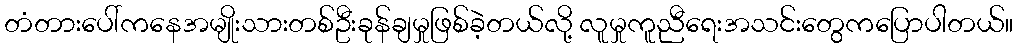
တံတားပေါ်ကနေအမျိုးသားတစ်ဦးခုန်ချမှုဖြစ်ခဲ့တယ်လို့ လူမှုကူညီရေးအသင်းတွေကပြောပါတယ်။